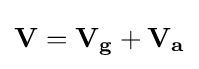
{\mathbf {V} =\mathbf {V_{g}} +\mathbf {V_{a}} }